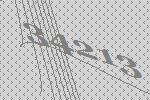
34213